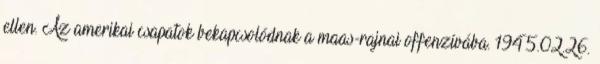
ellen. Az amerikai csapatok bekapcsolódnak a maas-rajnai offenzívába. 1945.02.26.